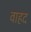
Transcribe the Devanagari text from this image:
वाहद